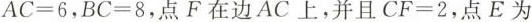
$$A C = 6$$，$$B C = 8$$，点F在边AC上，并且$$C F = 2$$，点E为